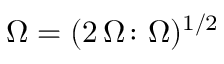
\Omega = ( 2 \, \boldsymbol { \Omega } \colon \boldsymbol { \Omega } ) ^ { 1 / 2 }